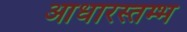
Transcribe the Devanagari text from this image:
आधारस्तम्भ